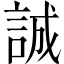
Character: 誠